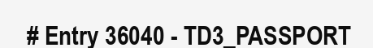
# Entry 36040 - TD3_PASSPORT